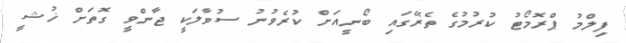
ފިލްމު ޕްރޮމޯޓު ކުރުމުގެ ތެރޭގައި ބޯނީއަށް ކުރެވުނު ސުވާލަކީ ޖާންވީ ގޮތަށް ޚުޝީ